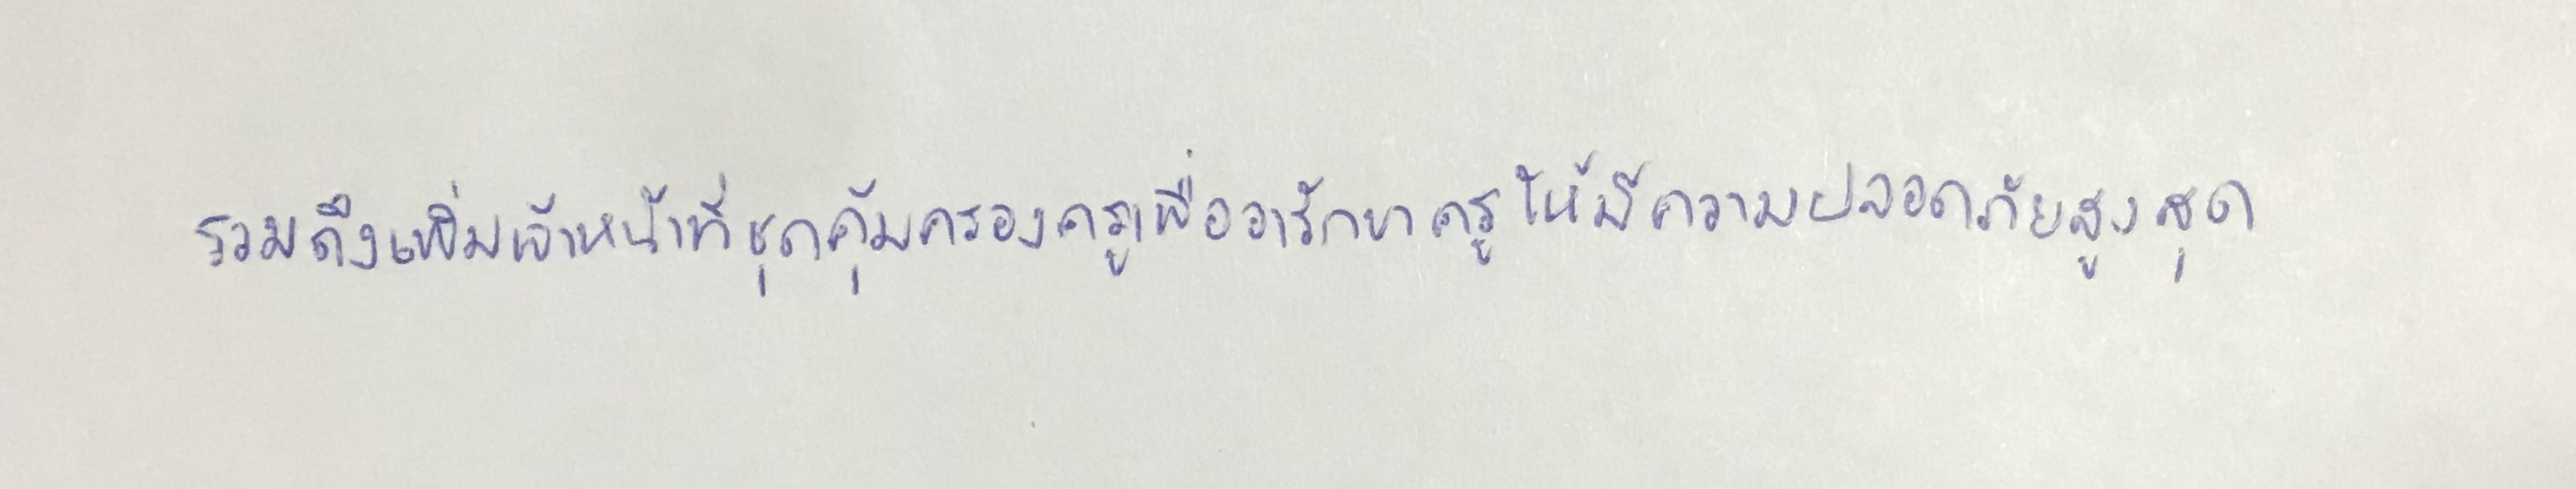
รวมถึงเพิ่มเจ้าหน้าที่ชุดคุ้มครองครูเพื่ออารักขาครูให้มีความปลอดภัยสูงสุด